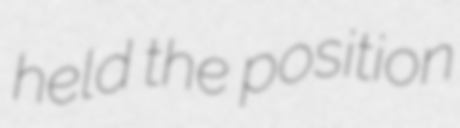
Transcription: held the position